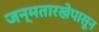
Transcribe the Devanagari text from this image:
जन्मतारखेपासून